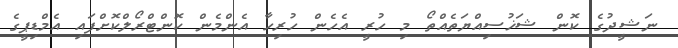
ނަޝީދުގެ ކޮން ޝަޚުސިއްޔަތެއްތޯ މި ހުރީ އެހެން ހުރިހާ އެންމެން ކޮންޓްރޯލްކޮށްފައި އެމްޑިޕީގެ